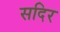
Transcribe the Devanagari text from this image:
सदिर